Annual vaccination report of Bihar and Orissa - 1911-1928
Year: 1911
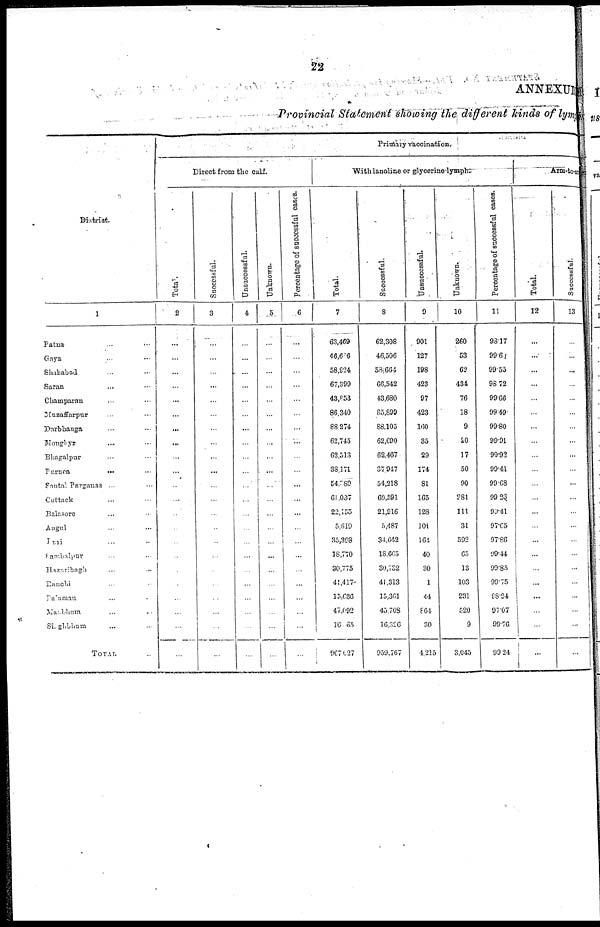
22
ANNEXUR
Provincial Statement showing the different kinds of lymp
District.
1
Patna ... ...
Gaya ... ...
Shahabad ... ...
Saran ... ...
Champaran ... ...
Muzaffarpur ... ...
Darbhanga ... ...
Monghyr ... ...
Bhagalpur ... ...
Purnea
...
Santal Parganas ...
Cuttack ... ...
Balasore ... ...
Angul ... ...
Puri ... ...
Sambalpur ... ...
Hazaribagh ... ...
Ranchi ... ...
Palamau ... ...
Manbhum ... ...
Singhbhum ... ...
TOTAL...
Primary vaccination.
Direct from the calf.
Total.
2
...
...
...
...
...
...
...
...
...
...
...
...
...
...
...
...
...
...
...
...
...
...
Successful.
3
...
...
...
...
...
...
...
...
...
...
...
...
...
...
...
...
...
...
...
...
...
...
Unsuccessful.
4
...
...
...
...
...
...
...
...
...
...
...
...
...
...
...
...
...
...
...
...
...
...
Unknown.
5
...
...
...
...
...
...
...
...
...
...
...
...
...
...
...
...
...
...
...
...
...
...
Percentage of successful cases.
6
...
...
...
...
...
...
...
...
...
...
...
...
...
...
...
...
...
...
...
...
...
...
With lanoline or glycerine lymph.
Total.
7
63,469
46,606
58,924
67,399
43,853
86,340
88,274
62,745
62,513
38,171
54,289
61,037
22,155
5,619
35,398
18,770
30,775
41,417
15,636
47,092
16,065
967027
Successful.
8
62,308
46,506
58,664
66,542
43,680
85,899
88,105
62,690
62,467
37,947
54,218
69,591
21,916
5,487
34,642
18,665
30,732
41,313
15,361
45,708
16,326
959,767
Unsuccessful.
9
901
127
198
423
97
423
160
35
29
174
81
165
128
101
164
40
30
1
44
864
30
4,215
Unknown.
10
260
53
62
434
76
18
9
20
17
50
90
281
111
31
592
65
13
103
231
520
9
3,045
Percentage of successful cases.
11
98.17
99.60
99.55
98.72
99.66
99.49
99.80
99.91
99.92
99.41
99.68
99.26
99.41
97.65
97.86
99.44
99.85
99.75
98.24
97.07
99.76
99.24
Arm-to-arm
Total.
12
...
...
...
...
...
...
...
...
...
...
...
...
...
...
...
...
...
...
...
...
...
...
Successful.
13
...
...
...
...
...
...
...
...
...
...
...
...
...
...
...
...
...
...
...
...
...
...